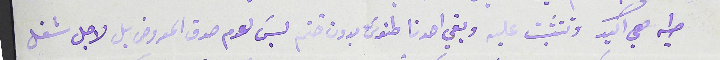
طيه هي اكيد وتتثببت عليه وبقي احدنا طنوسَ بدون ختم ليسَ لعدم صدق المعروض بل لاجل شغل